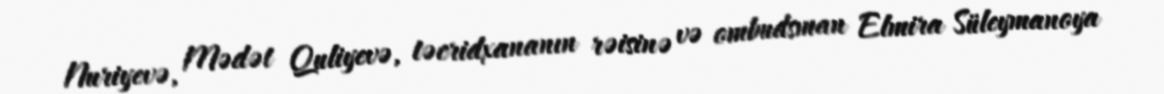
Nuriyevə, Mədət Quliyevə, təcridxananın rəisinə və ombudsman Elmira Süleymanoya